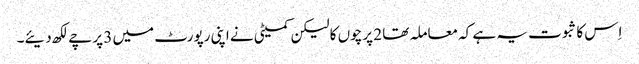
اِس کا ثبوت یہ ہے کہ معاملہ تھا 2 پرچوں کا لیکن کمیٹی نے اپنی رپورٹ میں 3 پرچے لکھ دیئے۔